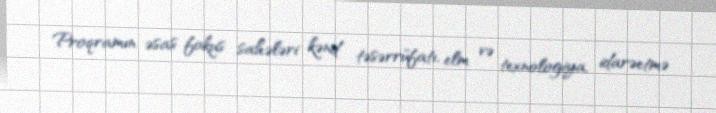
Proqramın əsas fokus sahələri kənd təsərrüfatı, elm və texnologiya, idarəetmə